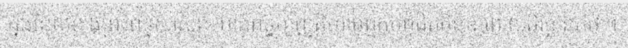
ក្នុងវិន័យខាងព្រះពុទ្ធសាសនា មានពុទ្ធប្បញ្ញត្តិហាមពួកបព្វជិតមិនឱ្យពោលតិរច្ឆានកថា។